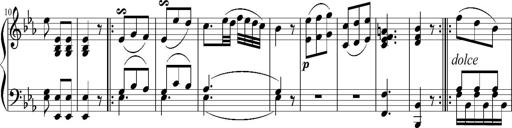
Title: 12 Sonatinas for Piano
Composer: Johann Baptist Vanhal